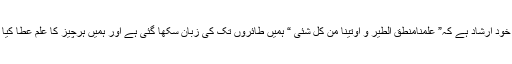
علامہ ابن شہرآشوب لکھتے ہیں کہ حضرت کا خود ارشاد ہے کہ” علمنامنطق الطیر و اوتینا من کل شئی “ ہمیں طائروں تک کی زبان سکھا گئی ہے اور ہمیں ہرچیز کا علم عطا کیا گیا ہے(5)روضة الصفاء میں ہے : خداکی قسم!